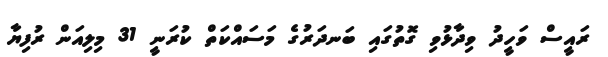
ރައީސް ވަހީދު ވިދާޅުވި ގޮތުގައި ބަނދަރުގެ މަސައްކަތް ކުރަނީ 31 މިލިއަން ރުފިޔާ